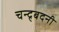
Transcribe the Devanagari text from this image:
चन्द्र्बदनी